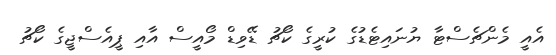
އެއީ މެންޗެސްޓާ ޔުނައިޓެޑުގެ ކުރީގެ ކޯޗު ޑޭވިޑް މޯއީސް އާއި ޕީއެސްޖީގެ ކޯޗު